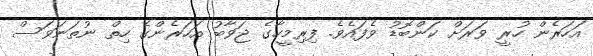
އަހަރެން ހުރީ ވަރަށް ކަންބޮޑު ވެފައެވެ. ފިރިމީހާގެ ޖަވާބު އަހަރެންގެ ހިތް ނުތަނަވަސް